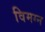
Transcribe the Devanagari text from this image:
विमग्न